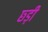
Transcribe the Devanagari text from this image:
छ्ड़ी